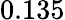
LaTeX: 0.135